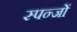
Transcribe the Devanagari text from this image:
स्पन्जों